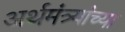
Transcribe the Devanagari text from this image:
अर्थमंत्र्यांच्या